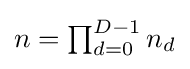
\textstyle n=\prod _{d=0}^{D-1}n_{d}